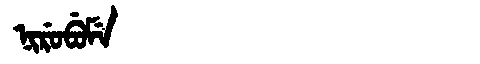
Manchu: ᠨᡳᡵᡠᠪᡠᠮᡝ
Romanization: NIRUBUME